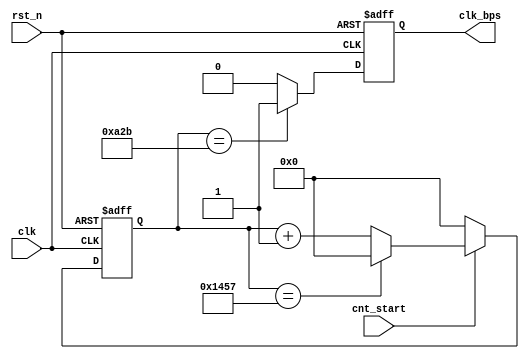
`timescale 1ns / 1ps
//////////////////////////////////////////////////////////////////////////////////
// Company: 
// Engineer: 
// 
// Design Name: 
// Module Name:    bps_clk 
// Project Name: 
// Target Devices: 
// Tool versions: 
// Description: 
//
// Dependencies: 
//
// Revision: 
// Revision 0.01 - File Created
// Additional Comments: 
//
//////////////////////////////////////////////////////////////////////////////////
module bps_clk(
                input 			clk       ,
				input 			rst_n     ,
				input 			cnt_start ,
				output reg 		clk_bps
    );

    parameter bps_DR = 13'd5207;   //9600HZ
	 reg [12:0]div_cnt;
	
	always@(posedge clk  or negedge rst_n)  //
	begin
	      if(!rst_n)
		        div_cnt <= 13'd0;
		  else if(cnt_start) begin     //
		       if(div_cnt==bps_DR)
		             div_cnt <= 13'd0;
               else          
		             div_cnt <= div_cnt + 1;
	      end
		  else 
		        div_cnt <= 13'd0;
    end

	
	
	always@(posedge clk  or negedge rst_n)   //bps_clk
	begin
	     if(!rst_n)
                clk_bps <= 1'b0;
         else if(div_cnt == 13'd2603)  //
                clk_bps <= 1'b1;
         else
                clk_bps <= 1'b0;
    end		


endmodule